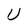
Character: U